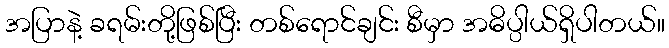
အပြာနဲ့ ခရမ်းတို့ဖြစ်ပြီး တစ်ရောင်ချင်း စီမှာ အဓိပ္ပါယ်ရှိပါတယ်။